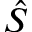
\hat { S }